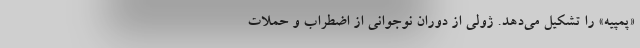
«پُمپیه» را تشکیل می‌دهد. ژولی از دوران نوجوانی از اضطراب و حملات